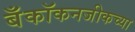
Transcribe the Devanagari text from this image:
बँकॉकनजीकच्या